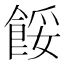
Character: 餒